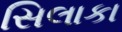
સિલાકા